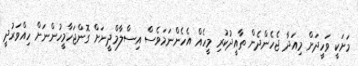
މަށަކީ ވަހީދަށް މިއަދާ ޖެހެންދެން ތާއީދުކުރި މީހެއް އެހެންނަމަވެސް އިސްލާމްދީނަށް ގޮންޖަހާމީހުންނަށް ހިއްވަރުދީ